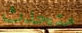
متحدث